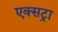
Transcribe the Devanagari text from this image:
एक्‍सट्रा